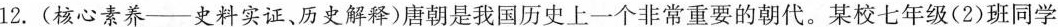
12.(核心素养——史料实证、历史解释)唐朝是我国历史上一个非常重要的朝代。某校七年级(2)班同学